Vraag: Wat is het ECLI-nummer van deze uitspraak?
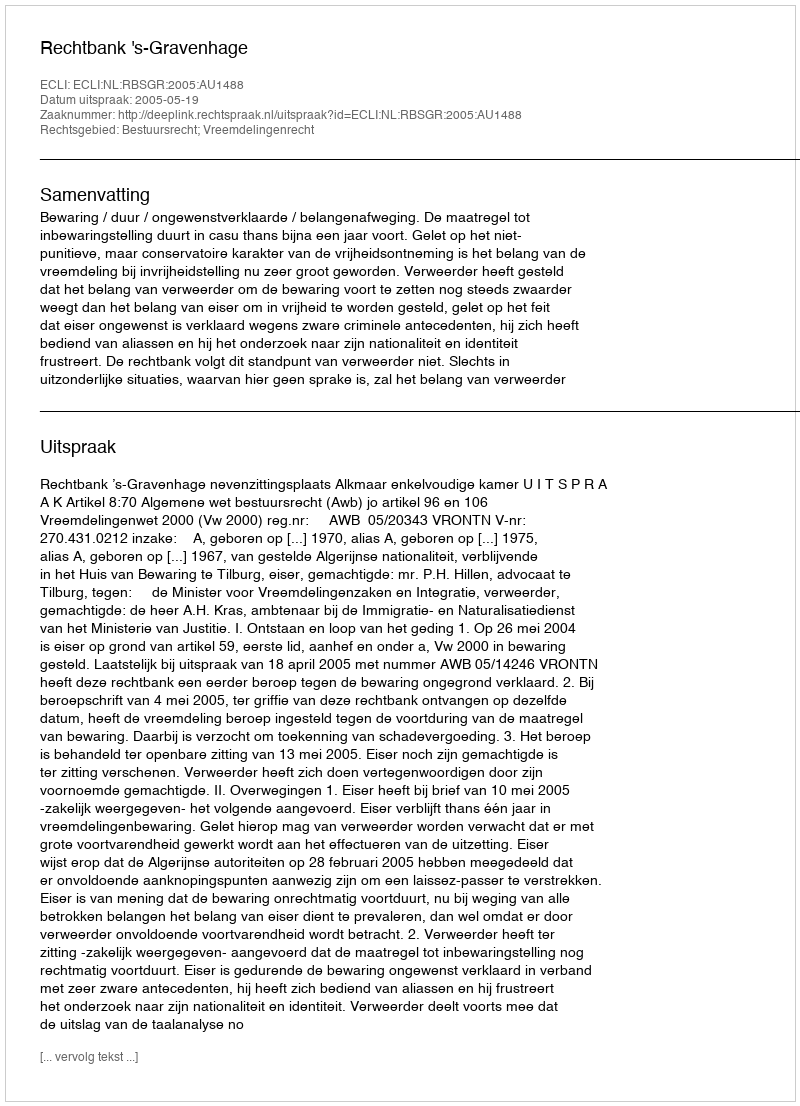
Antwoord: ECLI:NL:RBSGR:2005:AU1488